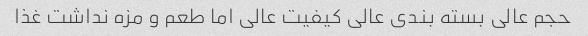
حجم عالی بسته بندی عالی کیفیت عالی اما طعم و مزه نداشت غذا